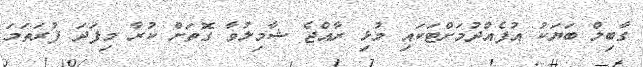
ގާބިލް ބަޔަކު އުފެއްދުމަށްޓަކައި މުޅި ރާއްޖެ ޝާމިލުވާ ގޮތަށް ކުރާ މިފަދަ ފުރަތަމަ